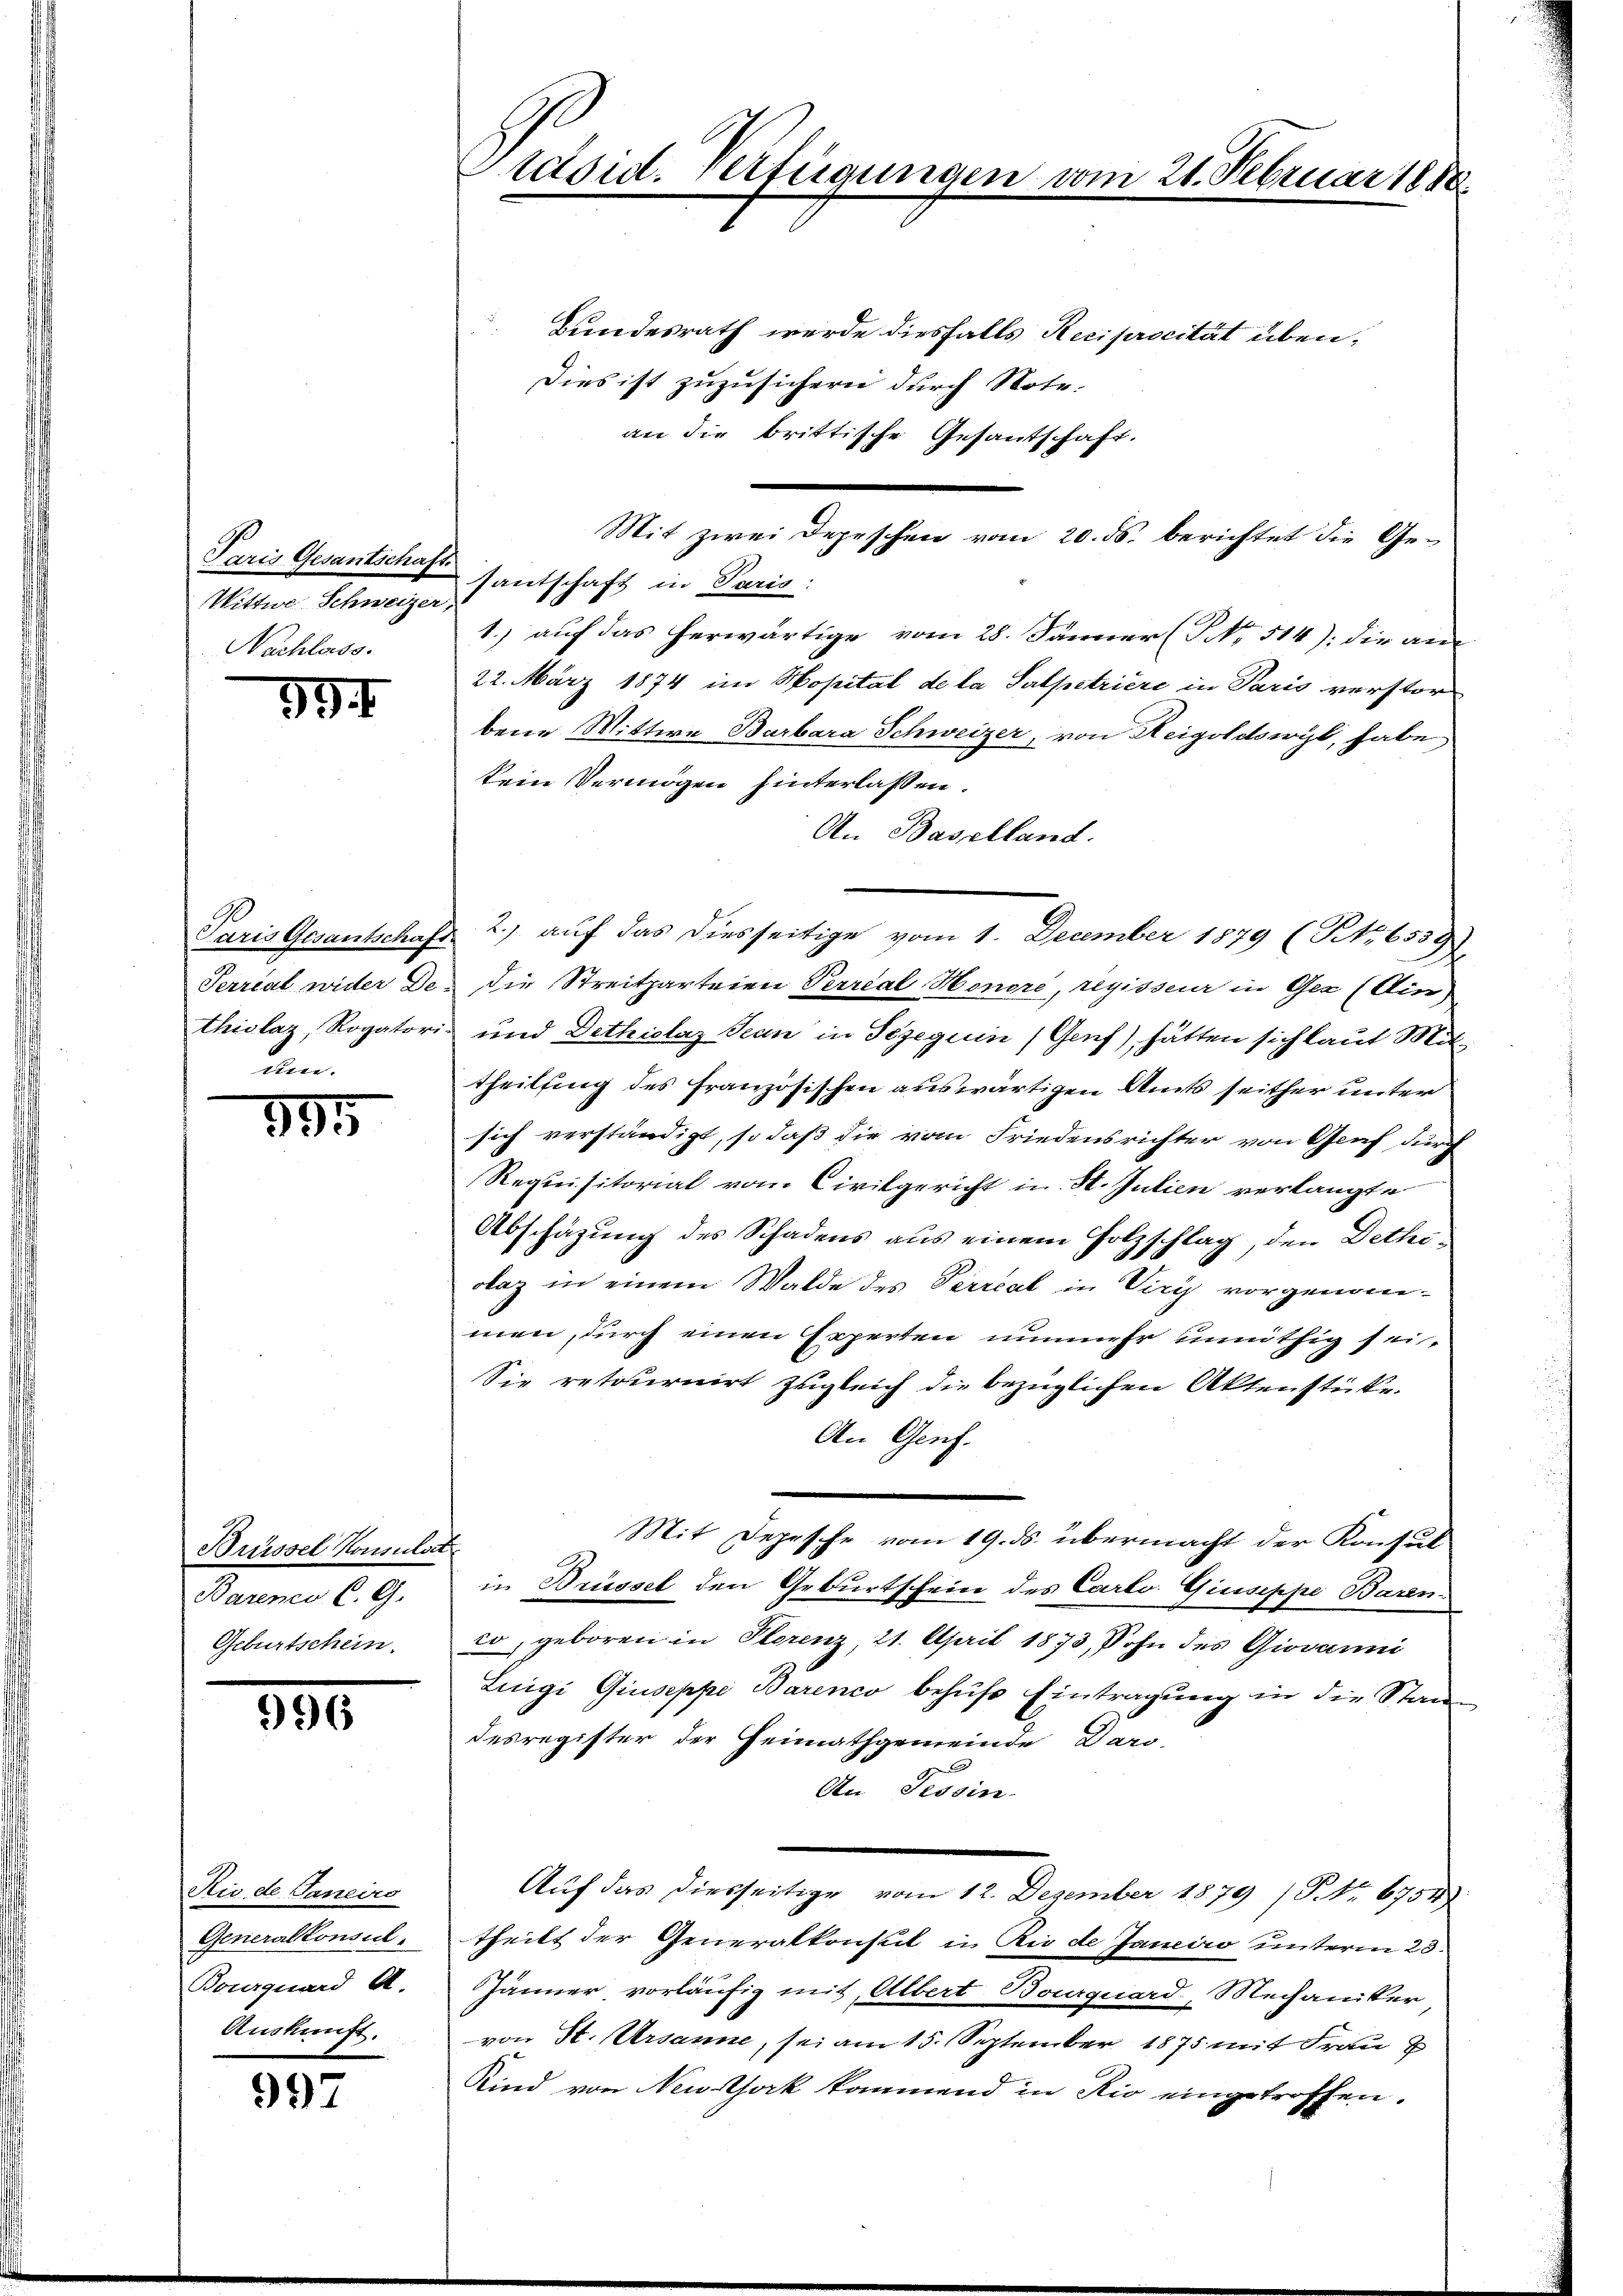
Wittwe Schweizer,
Nachlass.

397.

Paris Gesantschaft
Perrial wider De-
thiolaz Rogatori
m

395

Brüssel Konsulat
Barenes C. G.
Geburtschein.

996

Ric de Janeiro
Generalkonsul
Bourquard A.
Auskunft.

997

räsid. Fertigungen

Bundesrath werde diesfalls Reciprocität üben¬
Dies ist zuzusichern durch Note.
an die brittische Gesantschaft.
Mit zwei Depeschen vom 20. ds. berichtet die Ge¬
Paris Gesantschaft santschaft in Paris
1.) auf das herwärtige vom 28. Jänner (T No. 514): die an
22. März 1874 im Hopital de la Salpetriere in Paris verstor
bene Wittwe Barbara Schweizer, von Reigoldswyl, habe
kein Vermögen hinterlassen.
An Baselland.
2.) auf das diesseitige vom 1. December 1879 (No. 6539)
die Streitparteien Perreal Honore, regisseur in Gez (Ein
und Dethiolaz Jean in Szeguin (Genf), hätten sich laut Mittheilsing des Französischen auswärtigen Amts seither unter
sich verständigt, so daß die vom Friedensrichter von Genf durch
Requisitorial vom Civilgericht in H. Julien verlangte
Abschazung des Schadens aus einem Holzschlag, den Dethiobaz in einem Walde des Perreal in Viry vorgenommen, durch einen Experten nunmehr unnöthig sei¬
Sie retournirt zugleich die bezüglichen Aktenstücke.
An Genf.
Mit Depesche vom 19. ds. übermacht der Konsul
in Brüssel den Geburtschein des Carto Giuseppe Baren.
co, geboren in Storenz, 21. April 1873, Sohn des Giovanni
Luigi Giuseppe Barenco behufs Eintragung in die Stand
desregister der Heimathgemeinde Daro-
An Tessin.
Auf das diesseitige vom 12. Dezember 1879 (Nr. 6754
theilt der Generalkonsul in Rio de Janeiro unterm 23.
Jänner vorläufig mit Albert Bourquard, Mechaniker
von St. Ursanne, sei am 15. September 1875 mit Frau
Kind von Neusthock kommend in Rio eingetroffen.

vom 21. Februar 1880